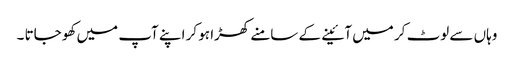
وہاں سے لوٹ کر میں آئینے کے سامنے کھڑا ہو کر اپنے آپ میں کھو جاتا ۔